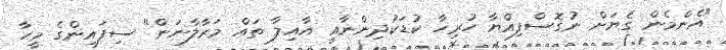
"އެންމެން ގެޔަށް ނުގޮސްފިއްޔާ ހުރިހާ ކުޑަކުދިންނާއީ އާއިލާ ތައް މަރާލާނަން" ސިފައިންގެ މީހާ